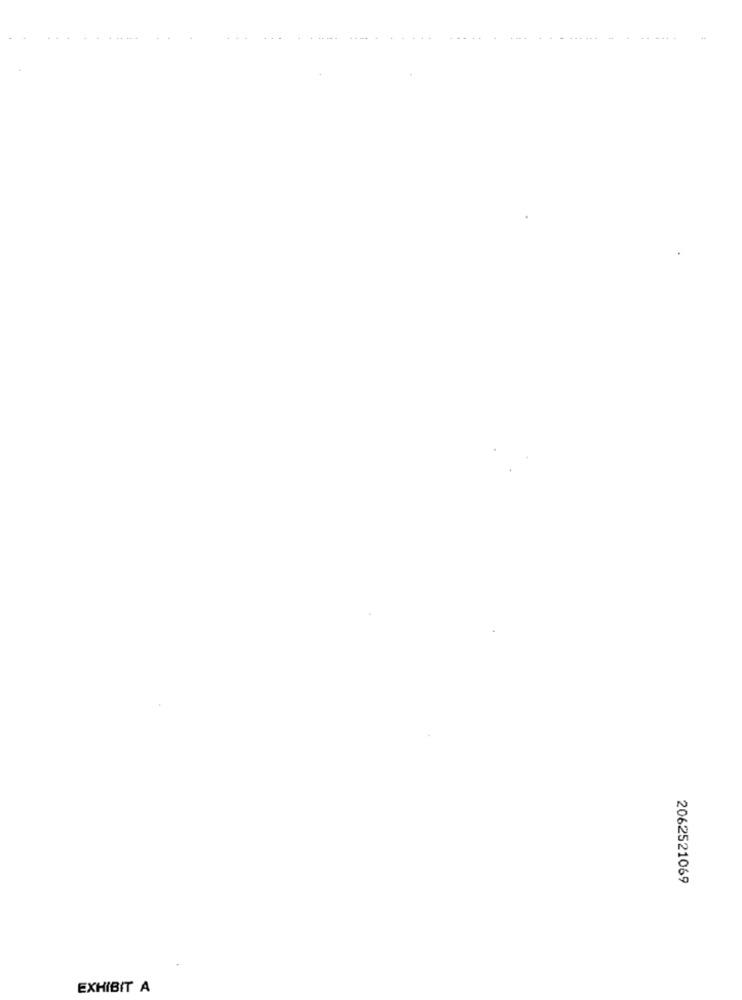
2062521069
EXHIBIT A